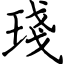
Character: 琖